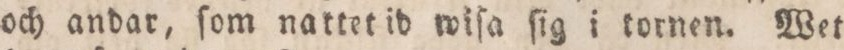
och andar, ſom nattet id wiſa ſig i tornen. Wet